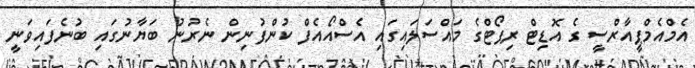
އެމްއެމްޕީއާރްސީ ގެ އޮޑިޓް ރިޕޯޓްގެ މައްސަލައިގައި އެސްއޯއެފް ކުންފުނިން ނެރުނު ބަޔާނުގައި ބުނެފައިވަނީ